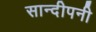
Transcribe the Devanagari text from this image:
सान्दीपनी